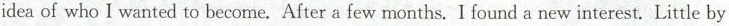
idea of who I wanted to become. After a few months. I found a new interest. Little by